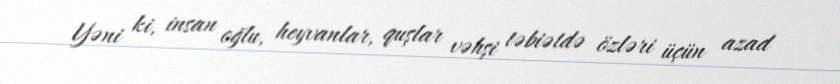
Yəni ki, insan oğlu, heyvanlar, quşlar vəhşi təbiətdə özləri üçün azad